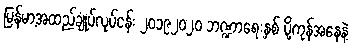
မြန်မာ့အထည်ချုပ်လုပ်ငန်း ၂၀၁၉၂၀၂၀ ဘဏ္ဍာရေးနှစ် ပို့ကုန်အနေနဲ့